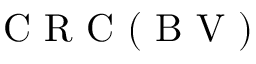
\mathrm { ~ C ~ R ~ C ~ } ( \mathrm { ~ B ~ V ~ } )